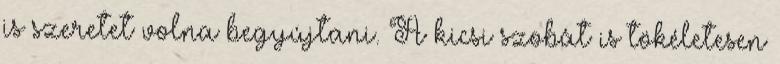
is szeretet volna begyújtani. A kicsi szobát is tökéletesen